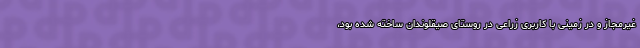
غیرمجاز و در زمینی با کاربری زراعی در روستای صیقلوندان ساخته شده بود،